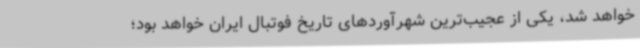
خواهد شد، یکی از عجیب‌ترین شهرآوردهای تاریخ فوتبال ایران خواهد بود؛